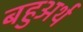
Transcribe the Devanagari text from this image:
बहुअर्थ